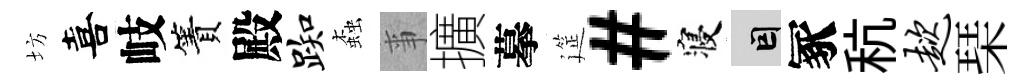
坊喜岐簀殿踟螙亊擴摹筵#寝因冢秔趑琹